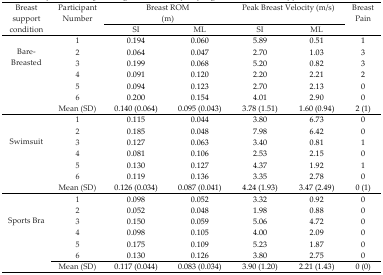
<table><thead><tr><td rowspan="3"><b>Breast support condition</b></td><td rowspan="3"><b>Participant Number</b></td><td colspan="2"><b>Breast ROM (m)</b></td><td colspan="2"><b>Peak Breast Velocity (m/s)</b></td><td rowspan="3"><b>Breast Pain</b></td></tr><tr><td><b>SI</b></td><td><b>ML</b></td><td><b>SI</b></td><td><b>ML</b></td></tr></thead><tbody><tr><td rowspan="7">Bare-Breasted</td><td>1</td><td>0.194</td><td>0.060</td><td>5.89</td><td>0.51</td><td>1</td></tr><tr><td>2</td><td>0.064</td><td>0.047</td><td>2.70</td><td>1.03</td><td>3</td></tr><tr><td>3</td><td>0.199</td><td>0.068</td><td>5.20</td><td>0.82</td><td>3</td></tr><tr><td>4</td><td>0.091</td><td>0.120</td><td>2.20</td><td>2.21</td><td>2</td></tr><tr><td>5</td><td>0.094</td><td>0.123</td><td>2.70</td><td>2.13</td><td>0</td></tr><tr><td>6</td><td>0.200</td><td>0.154</td><td>4.01</td><td>2.90</td><td>0</td></tr><tr><td>Mean (SD)</td><td>0.140 (0.064)</td><td>0.095 (0.043)</td><td>3.78 (1.51)</td><td>1.60 (0.94)</td><td>2 (1)</td></tr><tr><td rowspan="7">Swimsuit</td><td>1</td><td>0.115</td><td>0.044</td><td>3.80</td><td>6.73</td><td>0</td></tr><tr><td>2</td><td>0.185</td><td>0.048</td><td>7.98</td><td>6.42</td><td>0</td></tr><tr><td>3</td><td>0.127</td><td>0.063</td><td>3.40</td><td>0.81</td><td>1</td></tr><tr><td>4</td><td>0.081</td><td>0.106</td><td>2.53</td><td>2.15</td><td>0</td></tr><tr><td>5</td><td>0.130</td><td>0.127</td><td>4.37</td><td>1.92</td><td>1</td></tr><tr><td>6</td><td>0.119</td><td>0.136</td><td>3.35</td><td>2.78</td><td>0</td></tr><tr><td>Mean (SD)</td><td>0.126 (0.034)</td><td>0.087 (0.041)</td><td>4.24 (1.93)</td><td>3.47 (2.49)</td><td>0 (1)</td></tr><tr><td rowspan="7">Sports Bra</td><td>1</td><td>0.098</td><td>0.052</td><td>3.32</td><td>0.92</td><td>0</td></tr><tr><td>2</td><td>0.052</td><td>0.048</td><td>1.98</td><td>0.88</td><td>0</td></tr><tr><td>3</td><td>0.150</td><td>0.059</td><td>5.06</td><td>4.72</td><td>0</td></tr><tr><td>4</td><td>0.098</td><td>0.105</td><td>4.00</td><td>2.09</td><td>0</td></tr><tr><td>5</td><td>0.175</td><td>0.109</td><td>5.23</td><td>1.87</td><td>0</td></tr><tr><td>6</td><td>0.130</td><td>0.126</td><td>3.80</td><td>2.75</td><td>0</td></tr><tr><td></td><td>Mean (SD)</td><td>0.117 (0.044)</td><td>0.083 (0.034)</td><td>3.90 (1.20)</td><td>2.21 (1.43)</td><td>0 (0)</td></tr></tbody></table>